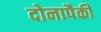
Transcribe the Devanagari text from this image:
दोनापैकी